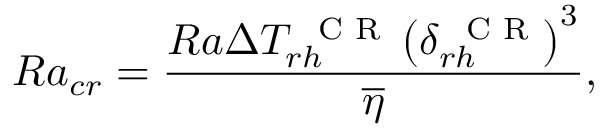
R a _ { c r } = \frac { R a \Delta T _ { r h } ^ { \mathrm { ~ \scriptsize ~ C ~ R ~ } } \left( \delta _ { r h } ^ { \mathrm { ~ \scriptsize ~ C ~ R ~ } } \right) ^ { 3 } } { \overline { { \eta } } } ,